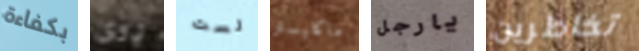
بكفاءة روى لست ماكليستر يارجل تخاطرين